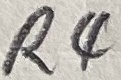
Text: R4